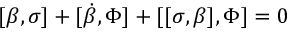
[ \beta , \sigma ] + [ \dot { \beta } , \Phi ] + [ [ \sigma , \beta ] , \Phi ] = 0